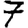
Digit: 7